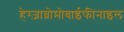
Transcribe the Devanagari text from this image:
हेग्ज़ाब्रोमोबाईफीनाइल